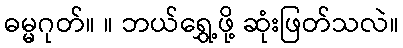
ဓမ္မဂုတ်။ ။ ဘယ်ရွှေ့ဖို့ ဆုံးဖြတ်သလဲ။